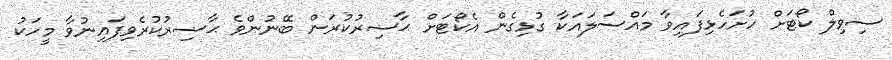
ސިވިލް ކޯޓަށް ހުށަހެޅިފައިވާ މައްސަލައަކާ ގުޅިގެން އެކޯޓަށް ޙާޟިރުކުރަން ބޭނުންވެ ޙާޟިރުކުރެވިފައިނުވާ މީހަކު